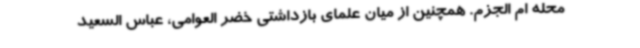
محله ام الجزم. همچنین از میان علمای بازداشتی خضر العوامی، عباس السعید